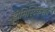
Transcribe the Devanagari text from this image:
डोमिस्टिकेशन